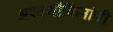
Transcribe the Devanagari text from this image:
अश्वशौकिनांची